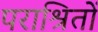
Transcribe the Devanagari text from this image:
पराश्रितों